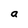
Character: a